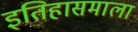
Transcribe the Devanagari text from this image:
इतिहासमाला